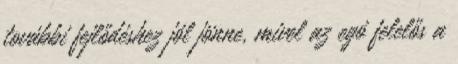
további fejlődéshez jól jönne, mivel az egó felelős a